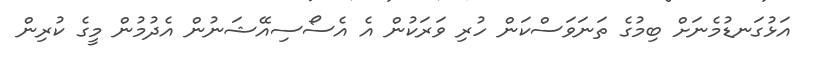
އަޅުގަނޑުމެނަށް ބިމުގެ ތަނަވަސްކަން ހުރި ވަރަކުން އެ އެސޯސިއޭޝަނުން އެދުމުން މީގެ ކުރިން